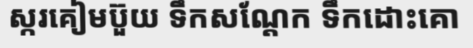
ស្ករគៀមប៊ួយ ទឹកសណ្តែក ទឹកដោះគោ